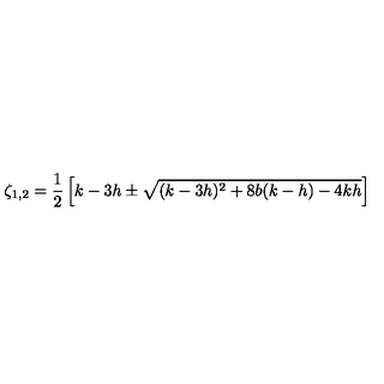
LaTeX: \zeta _ { 1 , 2 } = \frac { 1 } { 2 } \left[ k - 3 h \pm \sqrt { ( k - 3 h ) ^ { 2 } + 8 b ( k - h ) - 4 k h } \right]